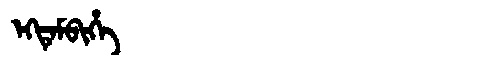
Manchu: ᡝᡴᡨᡝᠮᠪᡳᡥᡝ
Romanization: EKTEMBIHE